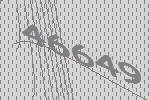
46649